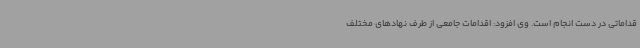
قداماتی در دست انجام است. وی افزود: اقدامات جامعی از طرف نهادهای مختلف